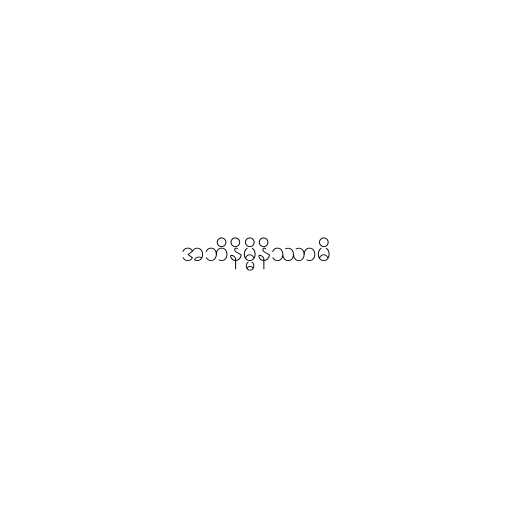
အဘိနိမ္မိနိဿာမိ